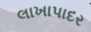
લાખાપાદર